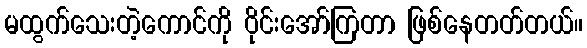
မထွက်သေးတဲ့ကောင်ကို ဝိုင်းအော်ကြတာ ဖြစ်နေတတ်တယ်။